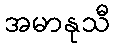
အမာနုသီ